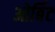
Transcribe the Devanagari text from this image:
ओर्बिट